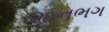
શાનભગ